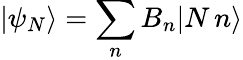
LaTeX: |\psi_{N}\rangle=\sum_{n}B_{n}|N\, n\rangle